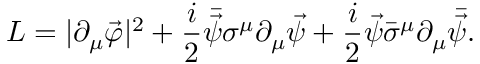
{ \cal L } = | \partial _ { \mu } \vec { \varphi } | ^ { 2 } + \frac { i } { 2 } \bar { \vec { \psi } } \sigma ^ { \mu } \partial _ { \mu } \vec { \psi } + \frac { i } { 2 } \vec { \psi } \bar { \sigma } ^ { \mu } \partial _ { \mu } \bar { \vec { \psi } } .